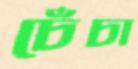
চেঁচা